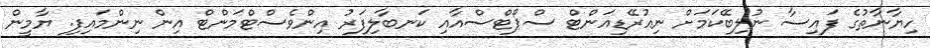
ހިޔާނާތުގެ ފައިސާ ނުލިބޭކަމަށް ނިއުރޭޑިއަންޓް ސްޕޯޓްސްއާއި ކަނބާލިފަރު އިންވެސްޓްމަންޓް އިން ނިންމައިފި. ޔާމީން